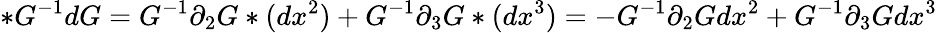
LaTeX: *G^{-1}dG=G^{-1}\partial_{2}G*(dx^{2})+G^{-1}\partial_{3}G*(dx^{3})=-G^{-1}\partial_{2}Gdx^{2}+G^{-1}\partial_{3}Gdx^{3}